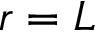
r = L